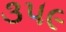
૩૫૯